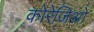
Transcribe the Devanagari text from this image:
कोरेजिओ